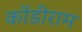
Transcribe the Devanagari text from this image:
कोंडीराम